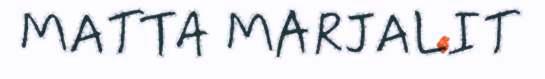
MATTA MARJALIT